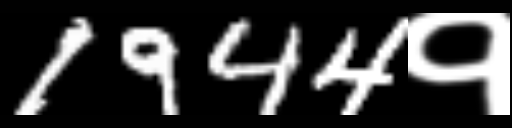
Text: 1944१